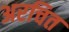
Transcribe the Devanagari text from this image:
अरचित